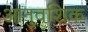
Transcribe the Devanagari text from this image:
आनुवशिक